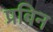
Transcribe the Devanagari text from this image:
प्रबिन